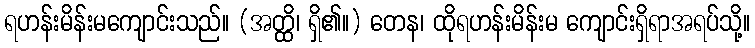
ရဟန်းမိန်းမကျောင်းသည်။ (အတ္ထိ၊ ရှိ၏။) တေန၊ ထိုရဟန်းမိန်းမ ကျောင်းရှိရာအရပ်သို့။